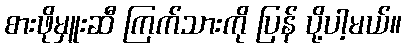
စားဖိုမှူးဆီ ကြက်သားကို ပြန် ပို့ပါ့မယ်။